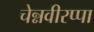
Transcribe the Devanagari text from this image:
चेन्नवीरप्पा